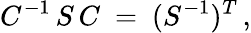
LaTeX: C^{-1}\, S\, C\ =\ (S^{-1})^{T}\, ,